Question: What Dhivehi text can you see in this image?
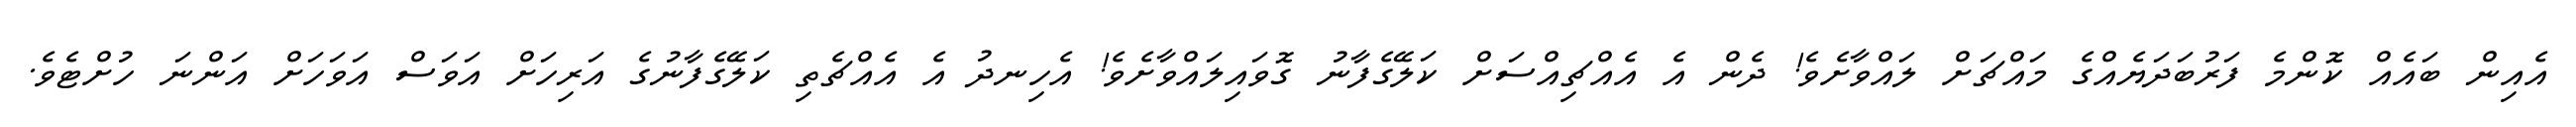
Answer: އެއިން ބައެއް ކޮންމެ ފަރުބަދަޔެއްގެ މައްޗަށް ލައްވާށެވެ! ދެން އެ އެއްޗިއްސަށް ކަލޭގެފާނު ގޮވައިލައްވާށެވެ! އެހިނދު އެ އެއްޗެތި ކަލޭގެފާނުގެ އަރިހަށް އަވަސް އަވަހަށް އަންނަ ހުށްޓެވެ.